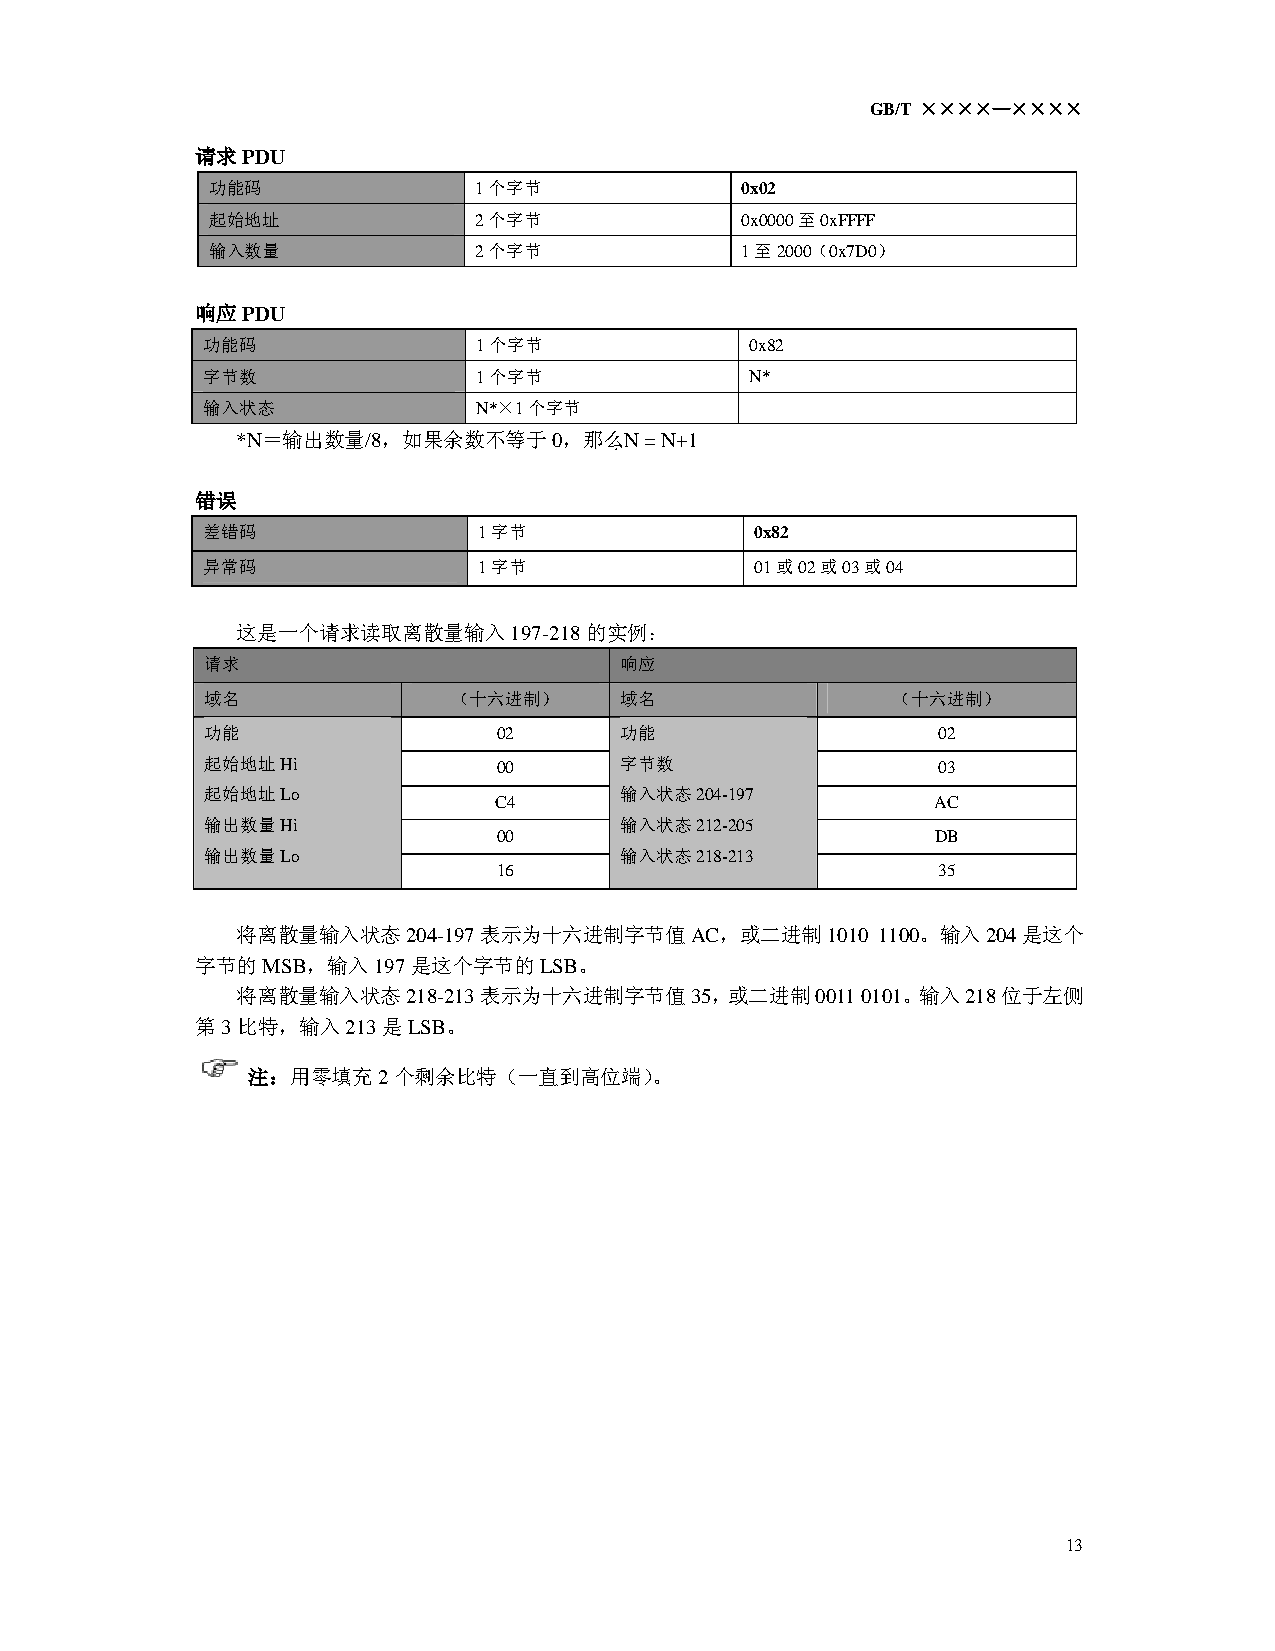
GB/T ××××—××××
 请求PDU
 功能码              1个字节              0x02
 起始地址             2个字节              0x0000至0xFFFF
 输入数量             2个字节              1至2000（0x7D0）
 响应PDU
 功能码                1个字节              0x82
 字节数                1个字节              N*
 输入状态               N*×1个字节
 *N＝输出数量/8，如果余数不等于0，那么N    = N+1
 错误
 差错码                1字节               0x82
 异常码                1字节               01或02或03或04
 这是一个请求读取离散量输入197-218的实例：
 请求                         响应
 域名              （十六进制）     域名                （十六进制）
 功能                 02      功能                   02
 起始地址Hi             00      字节数                  03
 起始地址Lo                     输入状态204-197
 C4                           AC
 输出数量Hi                     输入状态212-205
 00                           DB
 输出数量Lo                     输入状态218-213
 16                           35
 将离散量输入状态204-197表示为十六进制字节值AC，或二进制1010      1100。输入204是这个
 字节的MSB，输入197是这个字节的LSB。
 将离散量输入状态218-213表示为十六进制字节值35，或二进制0011     0101。输入218位于左侧
 第3比特，输入213是LSB。
 注：用零填充2个剩余比特（一直到高位端）。
 13